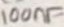
Text: 100nF